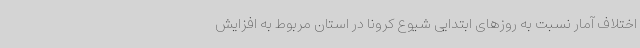
اختلاف آمار نسبت به روزهای ابتدایی شیوع کرونا در استان مربوط به افزایش